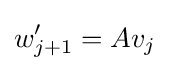
w_{j+1}'=Av_{j}